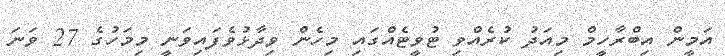
އަމީން އިބްރާހީމް މިއަދު ކުރެއްވި ޓުވީޓެއްގައި މިހެން ވިދާޅުވެފައިވަނީ މިމަހުގެ 27 ވަނަ